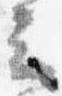
云